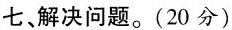
七、解决问题。(20分)